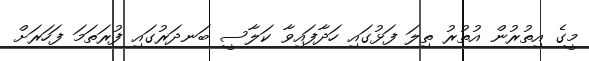
މީގެ އިތުރުން އުތުރު ތިލަ ފަޅުގައި ހަދާފައިވާ ކަލާސީ ބަނދަރުގައި ފުރަތަމަ ފަހަރަށް